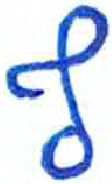
אות: ף